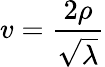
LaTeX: v=\frac{2\rho}{\sqrt{\lambda}}